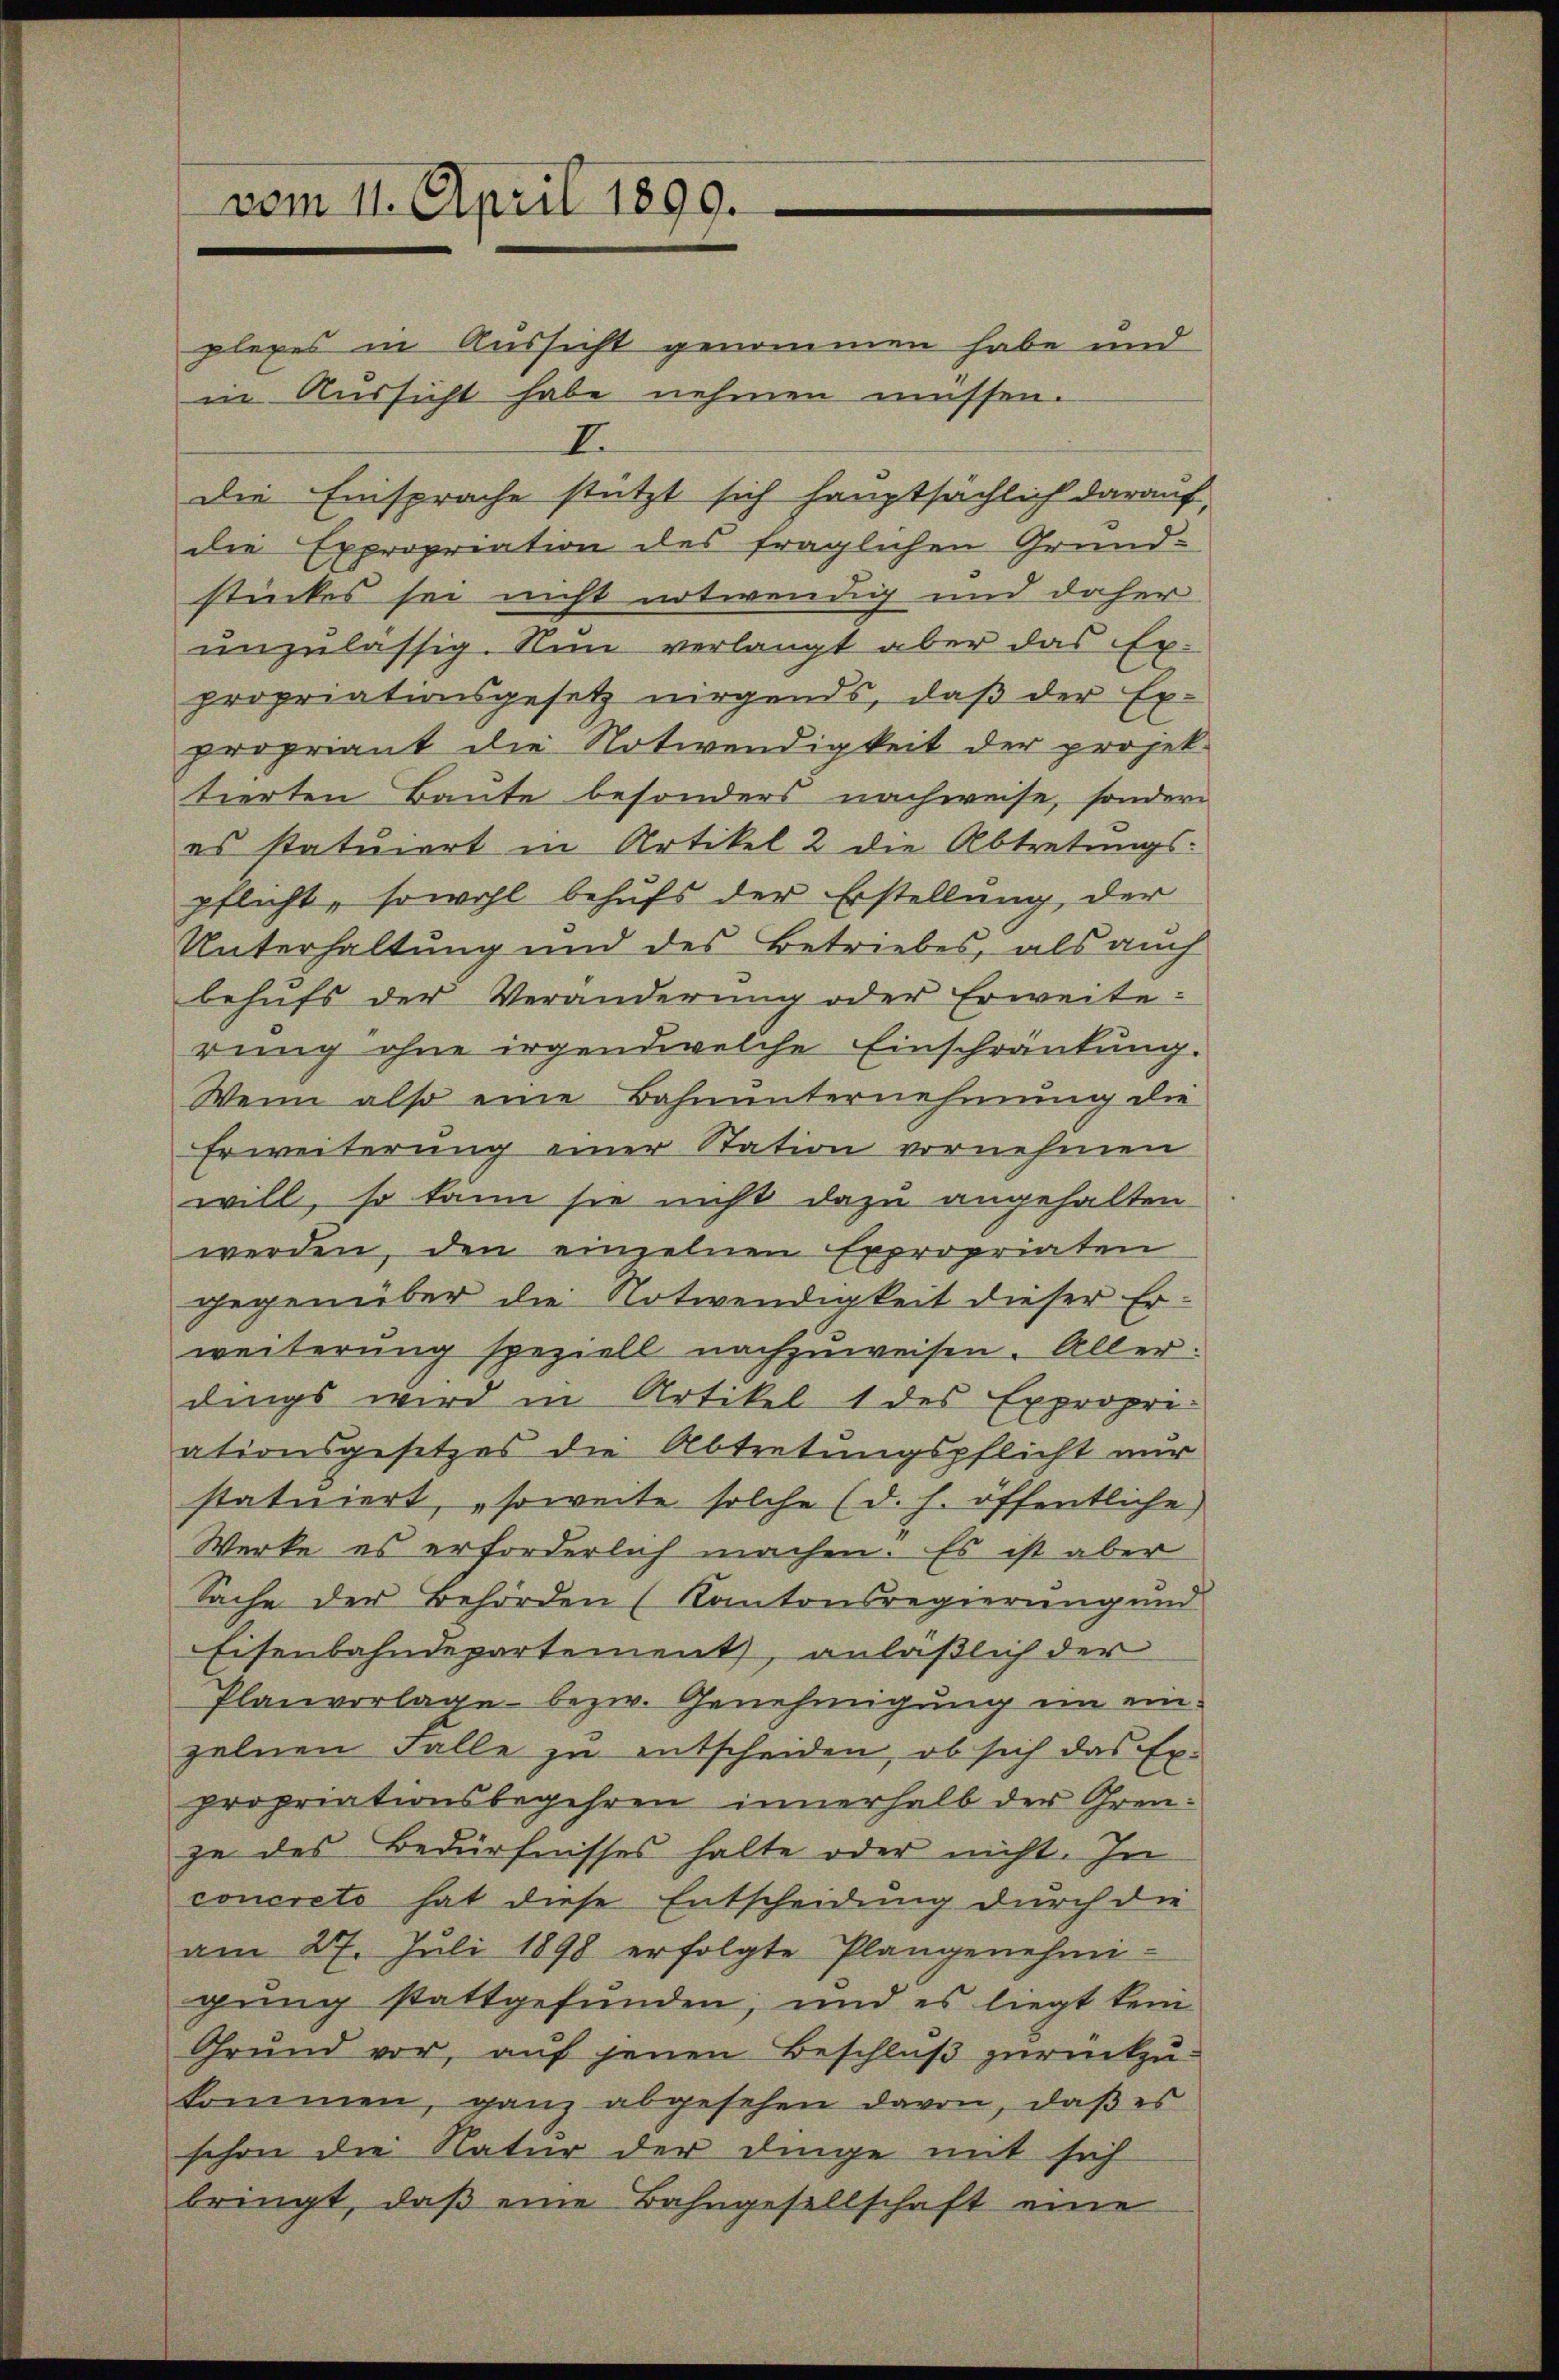
vom 11. April 1899.

plexes in Aussicht genommen habe und
in Aussicht habe nehmen müssen.
I.
die Einsprache stützt sich hauptsächlich darauf,
die Expropriation des fraglichen Grundstückes sei nicht notwendig und daher
unzulässig. Nun verlangt aber das Ex-
propriationsgesetz nirgends, daß der Ex-
propriant die Notwendigkeit der projek-
tierten Baute besonders nachweise, sondern
es statuiert in Artikel 2 die Abtretungspflicht, sowohl behufs der Erstellung, der
Unterhaltung und des Betriebes, als auch
behufs der Veränderung oder Erweite:
rung ohne irgendwelche Einschränkung.
Wenn also eine Bahnunternehmung die
Erweiterung einer Station vornehmen
will, so kann sie nicht dazu angehalten
werden, den einzelnen Expropriaten
gegenüber die Notwendigkeit dieser Erweiterung speziell nachzuweisen. Aller
dings wird in Artikel 1 des Expropri-
ationsgesetzes die Abtretungspflicht nur
statuiert, „soweite solche (d. h. öffentliche
Werke es erforderlich machen. Es ist aber
Sache der Behörden (Kantonsregierung und
Eisenbahndepartement, anläßlich der
Planvorlage bezw. Genehmigung im einzelnen Falle zu entscheiden, ob sich das Ex-
propriationsbegehren innerhalb der Grenze des Bedürfnisses halte oder nicht. In
concreto hat diese Entscheidung durch die
am 27. Jŭli 1898 erfolgte Plangenehmi-
gung stattgefunden, und es liegt kein
Grund vor, auf jenen Beschluß zurückzukommen, ganz abgesehen davon, daß es
schon die Natur der Dinge mit sich
bringt, daß eine Bahngesellschaft eine